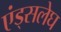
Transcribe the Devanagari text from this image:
एंड्सलेघ